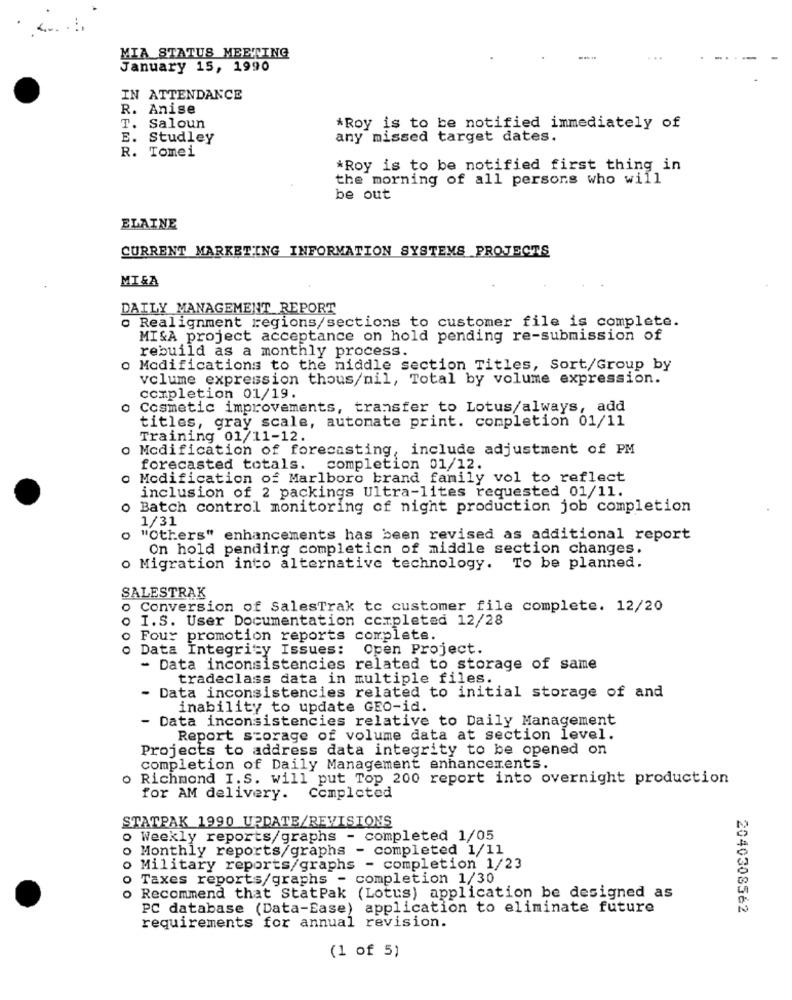
MIA STATUS MEETING
January 15, 1990
IN ATTENDANCE
R.
Anise
T.
Saloun
*Roy is to be notified immediately of
E.
Studley
any missed target dates.
R. Tomei
*Roy is to be notified first thing in
the morning of all persons who will
be out
ELAINE
CURRENT MARKETING INFORMATION SYSTEMS PROJECTS
MI&A
DAILY MANAGEMENT REPORT
o Realignment regions/sections to customer file is complete.
MISA project acceptance on hold pending re-submission of
rebuild as a monthly process.
o Modifications to the middle section Titles, Sort/Group by
volume expression thous/nil, Total by volume expression.
completion 01/19.
Cosmetic improvements, transfer to Lotus/always, add
titles, gray scale, automate print. completion 01/11
Training 01/11-12.
o Modification of forecasting, include adjustment of PM
forecasted totals. completion 01/12.
o Modification of Marlboro brand family vol to reflect
inclusion of 2 packings Ultra-lites requested 01/11.
o Batch control monitoring of night production job completion
1/31
"Others" enhancements has been revised as additional report
On hold pending completicn of middle section changes.
o Migration into alternative technology. To be planned.
SALESTRAK
o Conversion of SalesTrak to customer file complete. 12/20
o I.S. User Documentation completed 12/28
o Four promotion reports complete.
o Data Integrity Issues:
Open Project.
- Data inconsistencies related to storage of same
tradeclass data in multiple files.
- Data inconsistencies related to initial storage of and
inability to update GEO-id.
- Data inconsistencies relative to Daily Management
Report storage of volume data at section level.
Projects to address data integrity to be opened on
completion of Daily Management enhancements.
o Richmond I. S. will put Top 200 report into overnight production
for AM delivery. Completed
STATPAK 1990 UPDATE/REVISIONS
o Weekly reports/graphs - completed 1/05
o Monthly reports/graphs - completed 1/11
o Military reports/graphs - completion 1/23
Taxes reports/graphs - completion 1/30
o Recommend that StatPak (Lotus) application be designed as
PC database (Data-Ease) application to eliminate future
2040308562
requirements for annual revision.
(1 of 5)